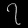
Digit: ၇